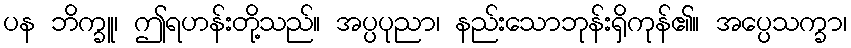
ပန ဘိက္ခူ၊ ဤရဟန်းတို့သည်။ အပ္ပပုညာ၊ နည်းသောဘုန်းရှိကုန်၏။ အပ္ပေသက္ခာ၊